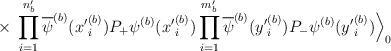
LaTeX: \begin{align*}\times\;\prod_{i=1}^{n^\prime_b}\overline{\psi}^{(b)}({x^\prime}^{(b)}_i)P_+ \psi^{(b)}({x^\prime}^{(b)}_i)\prod_{i=1}^{m^\prime_b}\overline{\psi}^{(b)}({y^\prime}^{(b)}_i)P_- \psi^{(b)}({y^\prime}^{(b)}_i) \Big\rangle_0\end{align*}